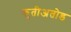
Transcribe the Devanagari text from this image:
कुतीअतोड